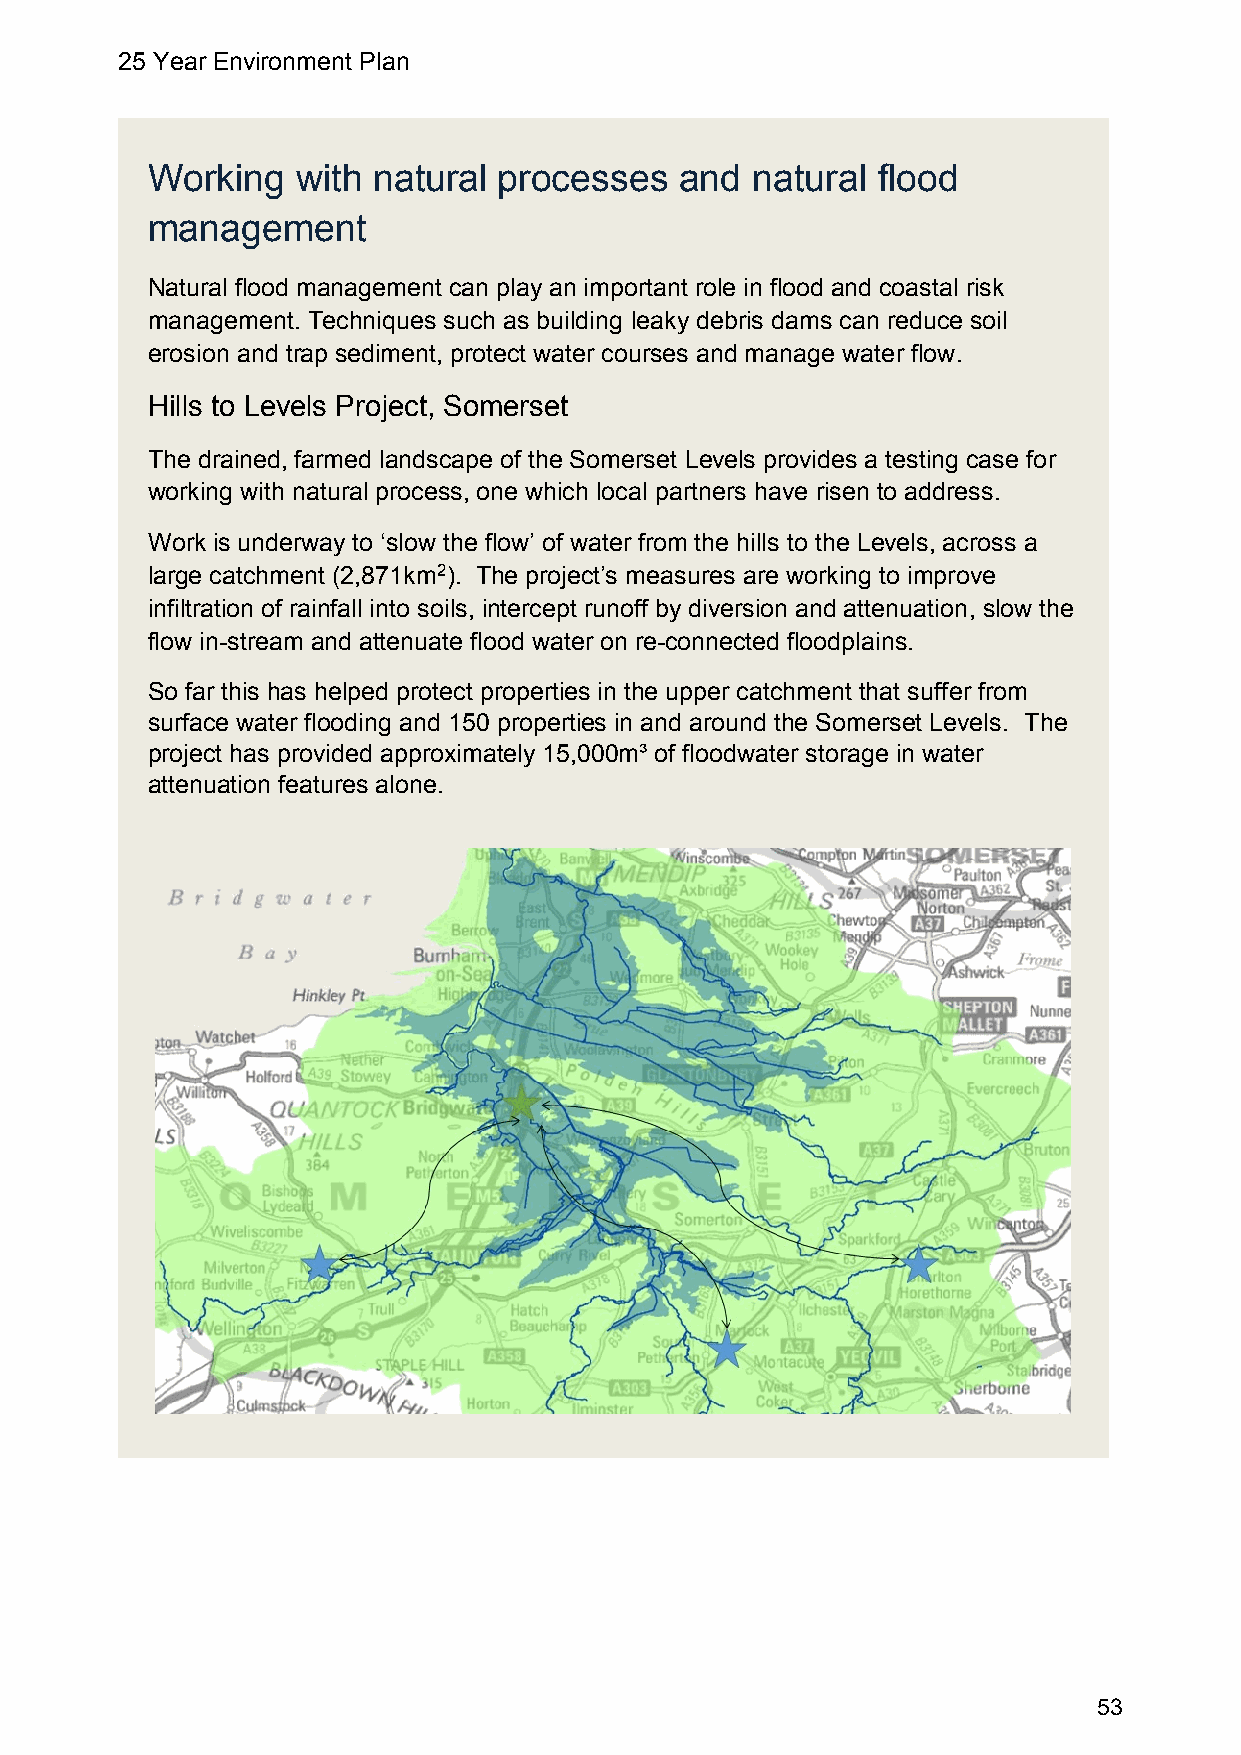
25 Year Environment Plan
 Working   with natural processes   and  natural flood
 management
 Natural flood management can play an important role in flood and coastal risk
 management. Techniques such as building leaky debris dams can reduce soil
 erosion and trap sediment, protect water courses and manage water flow.
 Hills to Levels Project, Somerset
 The drained, farmed landscape of the Somerset Levels provides a testing case for
 working with natural process, one which local partners have risen to address.
 Work is underway to ‘slow the flow’ of water from the hills to the Levels, across a
 large catchment (2,871km2). The project’s measures are working to improve
 infiltration of rainfall into soils, intercept runoff by diversion and attenuation, slow the
 flow in-stream and attenuate flood water on re-connected floodplains.
 So far this has helped protect properties in the upper catchment that suffer from
 surface water flooding and 150 properties in and around the Somerset Levels. The
 project has provided approximately 15,000m³ of floodwater storage in water
 attenuation features alone.
 53